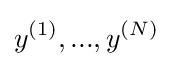
y^{(1)},...,y^{(N)}